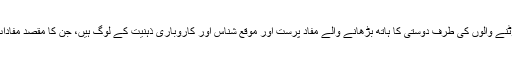
قوم کا سرمایہ لوٹنے والوں کی طرف دوستی کا ہاتھ بڑھانے والے مفاد پرست اور موقع شناس اور کاروباری ذہنیت کے لوگ ہیں، جن کا مقصد مفادات کا حصول ہے۔